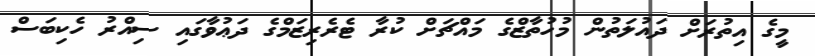
މީގެ އިތުރަށް ދައުލަތުން މުހުތާޒްގެ މައްޗަށް ކުރާ ޓެރެރިޒަމްގެ ދަޢުވާގައި ސިއްރު ހެކިބަސް